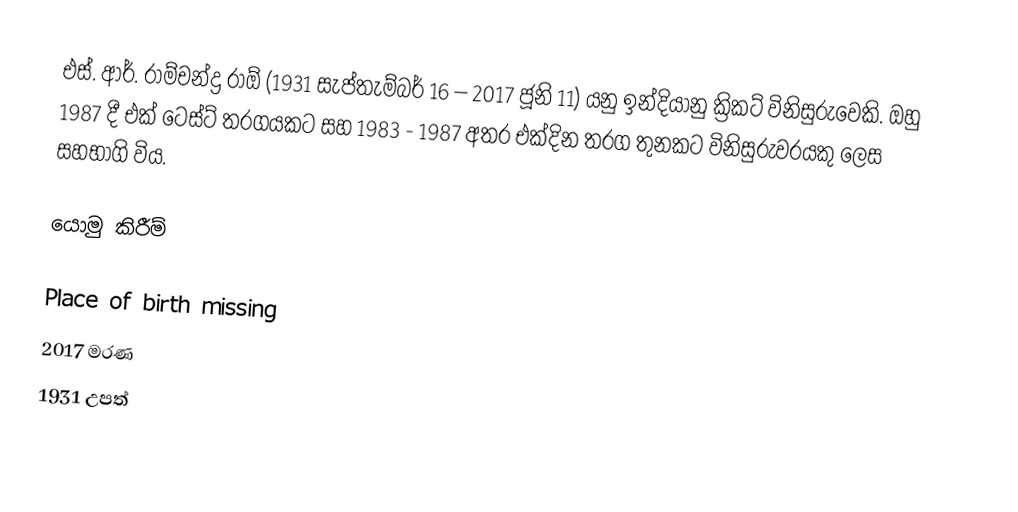
එස්. ආර්. රාම්චන්ද්‍ර රාඕ (1931 සැප්තැම්බර් 16 – 2017 ජූනි 11) යනු ඉන්දියානු ක්‍රිකට් විනිසුරුවෙකි. ඔහු 1987 දී එක් ටෙස්ට් තරගයකට සහ 1983 - 1987 අතර එක්දින තරග තුනකට විනිසුරුවරයකු ලෙස සහභාගි විය.

යොමු කිරීම්

Place of birth missing
2017 මරණ
1931 උපත්